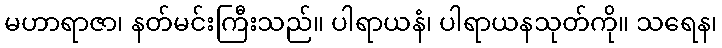
မဟာရာဇာ၊ နတ်မင်းကြီးသည်။ ပါရာယနံ၊ ပါရာယနသုတ်ကို။ သရေန၊